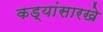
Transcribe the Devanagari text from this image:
कड्यांसारखे